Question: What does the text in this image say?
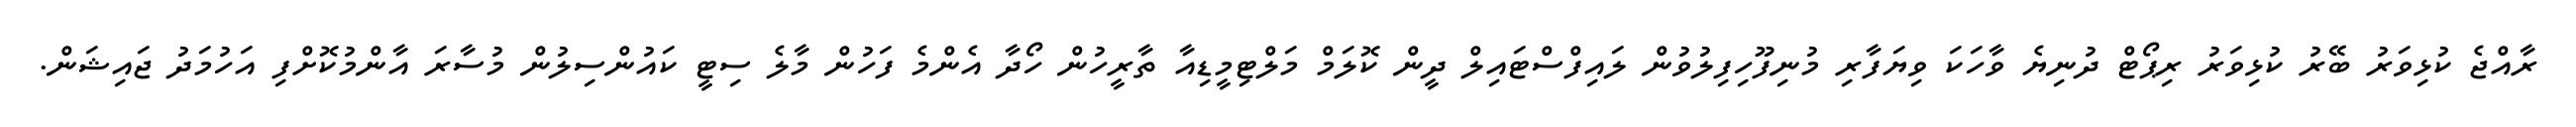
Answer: ރާއްޖެ ކުޅިވަރު ބޭރު ކުޅިވަރު ރިޕޯޓް ދުނިޔެ ވާހަކަ ވިޔަފާރި މުނިފޫހިފިލުވުން ލައިފްސްޓައިލް ދީން ކޮލަމް މަލްޓިމީޑިއާ ތާރީހުން ހޯދާ އެންމެ ފަހުން މާލެ ސިޓީ ކައުންސިލުން މުސާރަ އާންމުކޮށްފި އަހުމަދު ޖައިޝަން.